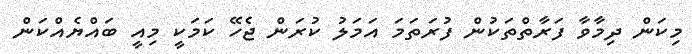
މިކަން ދިމާވާ ފަރާތްތަކުން ފުރަތަމަ އަމަލު ކުރަން ޖެހޭ ކަމަކީ މިއީ ބައްޔެއްކަން